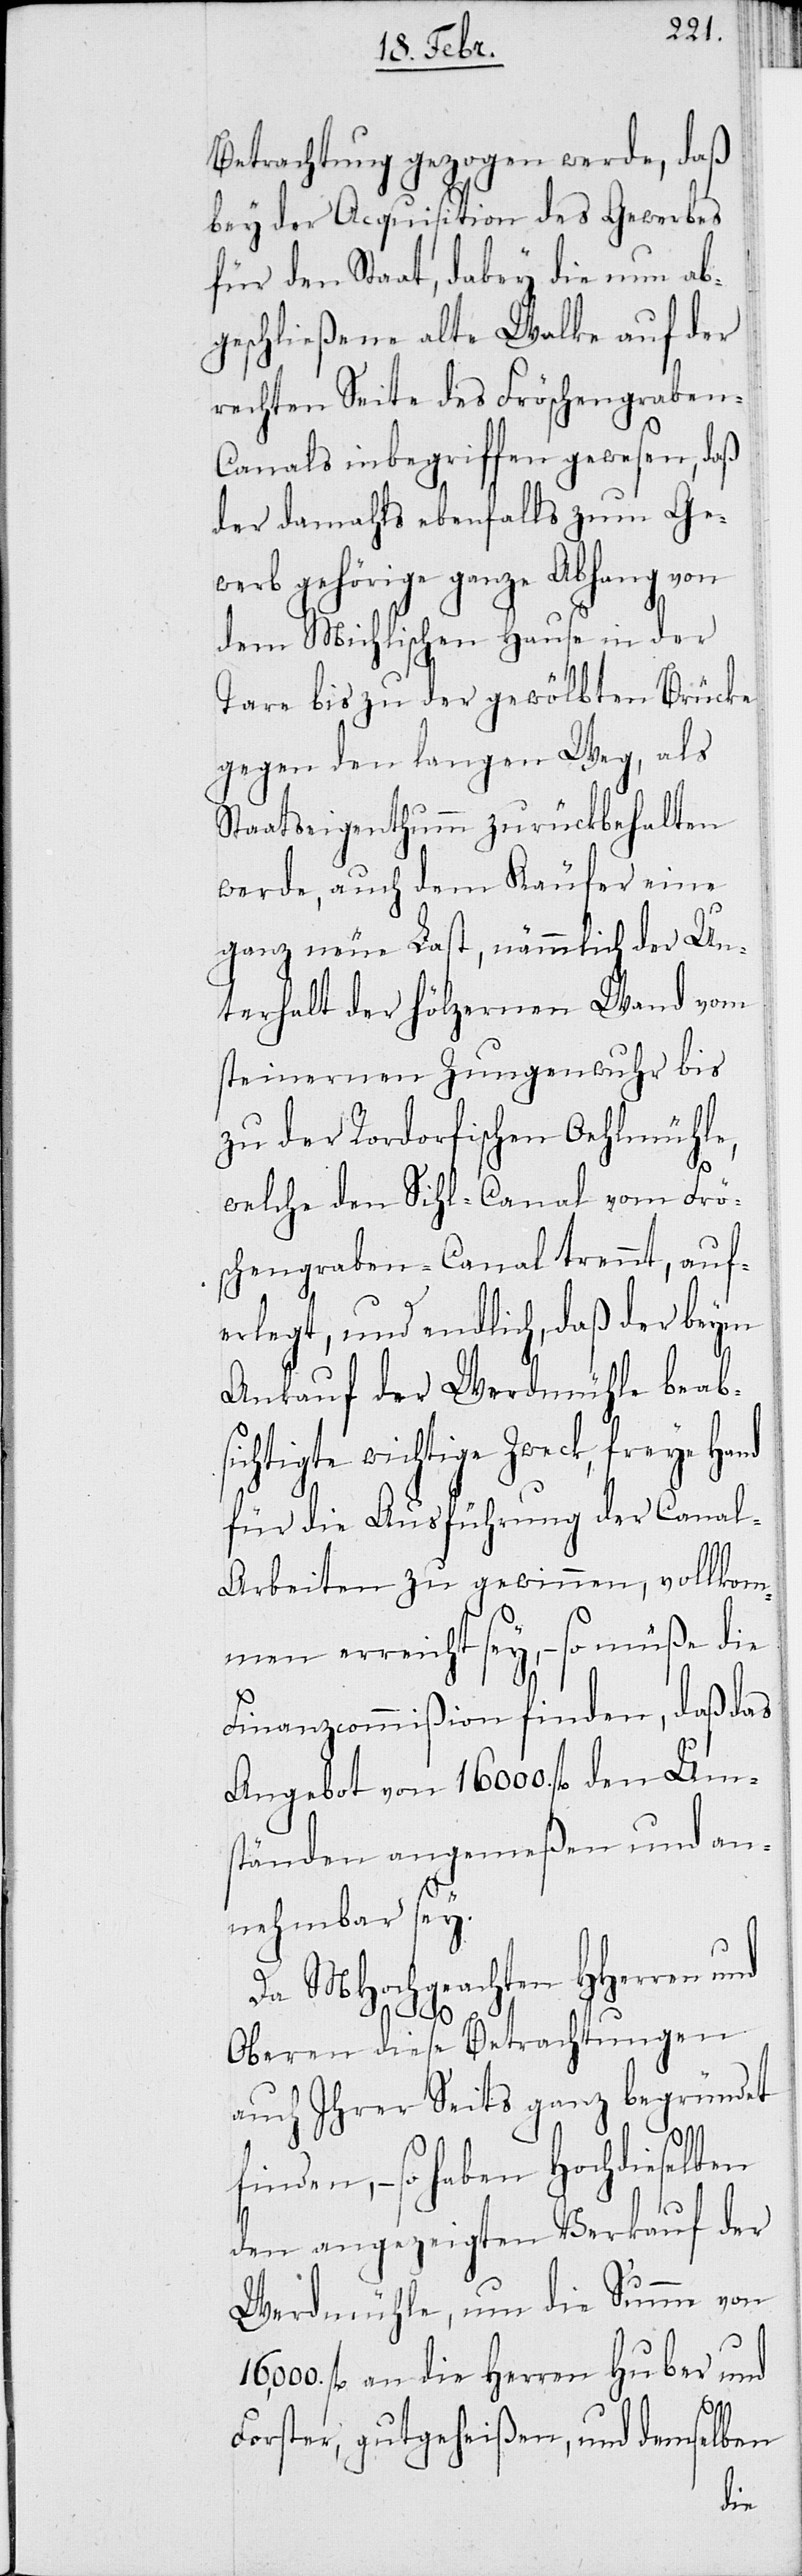
Betrachtung gezogen werde, daß
bey der Acquisition des Gewerbes
für den Staat, dabey die nun ab¬
geschließene alte Walke auf der
rechten Seite des Fröschengraben-C¬
anals inbegriffen gewesen, daß
der damahls ebenfalls zum Ge¬
werb gehörige ganze Abhang von
dem Michlischen Hause in der
Tare bis zu der gewölbten Brücke
gegen den langen Weg, als
Staatseigenthumm zurückbehalten
werde, auch dem Käufer eine
ganz neue Last, nämmlich der Un¬
terhalt der hölzernen Wand vom
steinernen Zungenwuhr bis
zu der Rohrdorfischen Oehlmühle,
welche den Sihl-Canal vom Frö¬
schengraben-Canal trennt, auf¬
erlegt, und endlich, daß der beym
Ankauf der Werdmühle beab¬
sichtigte wichtige Zweck, freye Hand
für die Ausführung der Canal¬
arbeiten zu gewinnen, vollkom¬
men erreicht sey, – so müße die
Finanzcommißion finden, daß das
Angebot von 16 000 fl. den Um¬
ständen angemeßen und an¬
nehmbar sey.
Da MHochgeachten HHerren und
Oberen diese Betrachtungen
auch Ihrer Seits ganz begründet
finden, – so haben Hochdieselben
den angezeigten Verkauf der
Werdmühle, um die Summe von
000. fl. an die Herren Huber und
Forster, gutgeheißen, und demselben